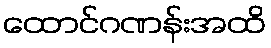
ထောင်ဂဏန်းအထိ